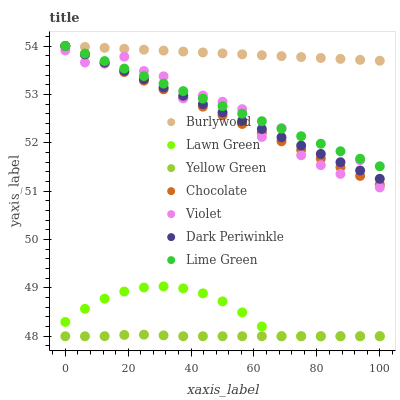
| xaxis_label | Burlywood | Lawn Green | Yellow Green | Chocolate | Violet | Dark Periwinkle | Lime Green |
 | --- | --- | --- | --- | --- | --- | --- | --- |
 | 0 | 54 | 48.3 | 48 | 54 | 53.9 | 54 | 54 |
 | 6.25 | 54 | 48.6 | 48 | 53.8 | 53.7 | 53.8 | 53.8 |
 | 12.5 | 54 | 48.8 | 48 | 53.6 | 53.6 | 53.7 | 53.7 |
 | 18.8 | 53.9 | 48.9 | 48 | 53.5 | 53.8 | 53.5 | 53.5 |
 | 25 | 53.9 | 49 | 48 | 53.3 | 53.5 | 53.3 | 53.4 |
 | 31.2 | 53.9 | 49 | 48 | 53.1 | 53.4 | 53.1 | 53.2 |
 | 37.5 | 53.9 | 49 | 48 | 52.9 | 52.9 | 53 | 53.1 |
 | 43.8 | 53.9 | 48.9 | 48 | 52.7 | 53 | 52.8 | 52.9 |
 | 50 | 53.8 | 48.7 | 48 | 52.6 | 52.8 | 52.6 | 52.8 |
 | 56.2 | 53.8 | 48.5 | 48 | 52.4 | 52.7 | 52.5 | 52.6 |
 | 62.5 | 53.8 | 48.2 | 48 | 52.2 | 52.1 | 52.3 | 52.4 |
 | 68.8 | 53.8 | 48 | 48 | 52 | 52.3 | 52.1 | 52.3 |
 | 75 | 53.8 | 48 | 48 | 51.9 | 51.7 | 51.9 | 52.1 |
 | 81.2 | 53.8 | 48 | 48 | 51.7 | 51.5 | 51.8 | 52 |
 | 87.5 | 53.7 | 48 | 48 | 51.5 | 51.4 | 51.6 | 51.8 |
 | 93.8 | 53.7 | 48 | 48 | 51.3 | 51.6 | 51.4 | 51.7 |
 | 100 | 53.7 | 48 | 48 | 51.1 | 51.1 | 51.3 | 51.5 |